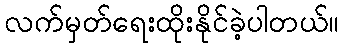
လက်မှတ်ရေးထိုးနိုင်ခဲ့ပါတယ်။